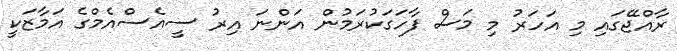
ރާއްޖޭގައި މި އަހަރު މި މަސް ފާހަގަކުރަމުން އަންނަ އިރު ސީއެސްއެމްގެ އަމާޒަކީ